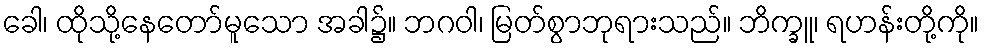
ခေါ၊ ထိုသို့နေတော်မူသော အခါ၌။ ဘဂဝါ၊ မြတ်စွာဘုရားသည်။ ဘိက္ခူ၊ ရဟန်းတို့ကို။